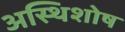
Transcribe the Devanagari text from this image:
अस्थिशोष